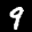
Label: 9